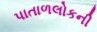
પાતાળલોકની